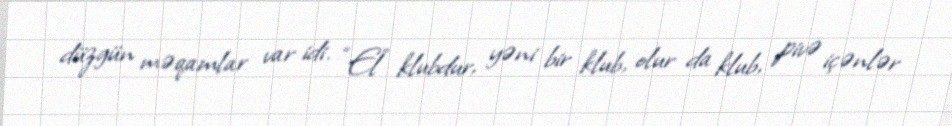
düzgün məqamlar var idi. “El” klubdur, yəni bir klub, olur da klub, pivə içənlər